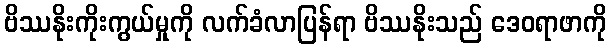
ဗိဿနိုးကိုးကွယ်မှုကို လက်ခံလာပြန်ရာ ဗိဿနိုးသည် ဒေဝရာဖာကို